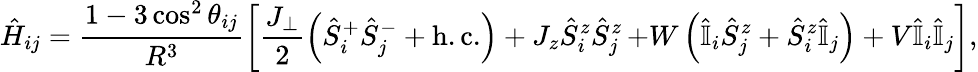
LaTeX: \hat{H}_{ij}=\frac{1-3\cos^{2}\theta_{ij}}{R^{3}}\left[\frac{J_{\perp}}{2}\left(\hat{S}_{i}^{+}\hat{S}_{j}^{-}+\mathrm{h.c.}\right)+J_{z}\hat{S}_{i}^{z}\hat{S}_{j}^{z}\right.\left.+W\left(\hat{\mathbb{I}}_{i}\hat{S}_{j}^{z}+\hat{S}_{i}^{z}\hat{\mathbb{I}}_{j}\right)+V\hat{\mathbb{I}}_{i}\hat{\mathbb{I}}_{j}\vphantom{\frac{J_{\perp}}{2}}\right],